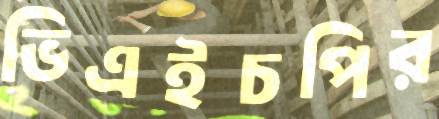
ভিএইচপির